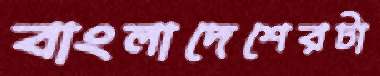
বাংলাদেশেরটা